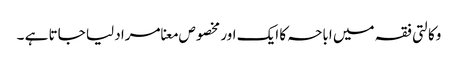
وکالتی فقہ میں اباحہ کا ایک اور مخصوص معنا مراد لیا جاتا ہے ۔